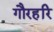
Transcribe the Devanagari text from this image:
गौरहरि